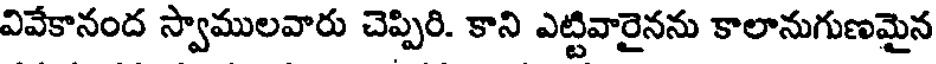
వివేకానంద స్వాములవారు చెప్పిరి. కాని ఎట్టివారైనను కాలానుగుణమైన